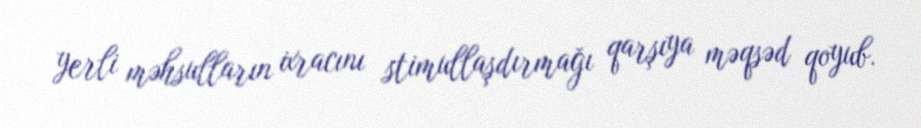
yerli məhsulların ixracını stimullaşdırmağı qarşıya məqsəd qoyub.